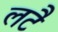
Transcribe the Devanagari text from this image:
लटै